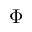
\Phi